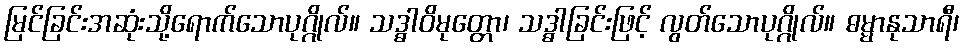
မြင်ခြင်းအဆုံးသို့ရောက်သောပုဂ္ဂိုလ်။ သဒ္ဓါဝိမုတ္တော၊ သဒ္ဓါခြင်းဖြင့် လွတ်သောပုဂ္ဂိုလ်။ ဓမ္မာနုသာရီ၊